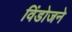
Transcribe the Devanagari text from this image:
विंडोजने